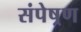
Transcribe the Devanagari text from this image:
संपेष्रण